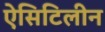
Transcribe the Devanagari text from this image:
ऐसिटिलीन